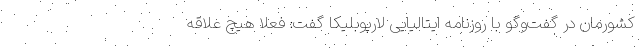
کشورمان در گفت‌وگو با روزنامه ایتالیایی لارپوبلیکا گفت: فعلا هیچ علاقه